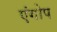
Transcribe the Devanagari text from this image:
एंगोप